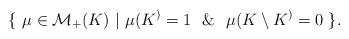
LaTeX: \begin{align*}\{ ~ \mu \in \mathcal{M}_+(K) ~|~ \mu(K^) = 1 ~~ \& ~~ \mu(K \setminus K^) = 0 ~ \}.\end{align*}